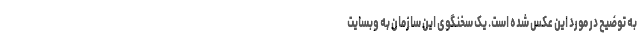
به توضیح در مورد این عکس شده است. یک سخنگوی این سازمان به وبسایت